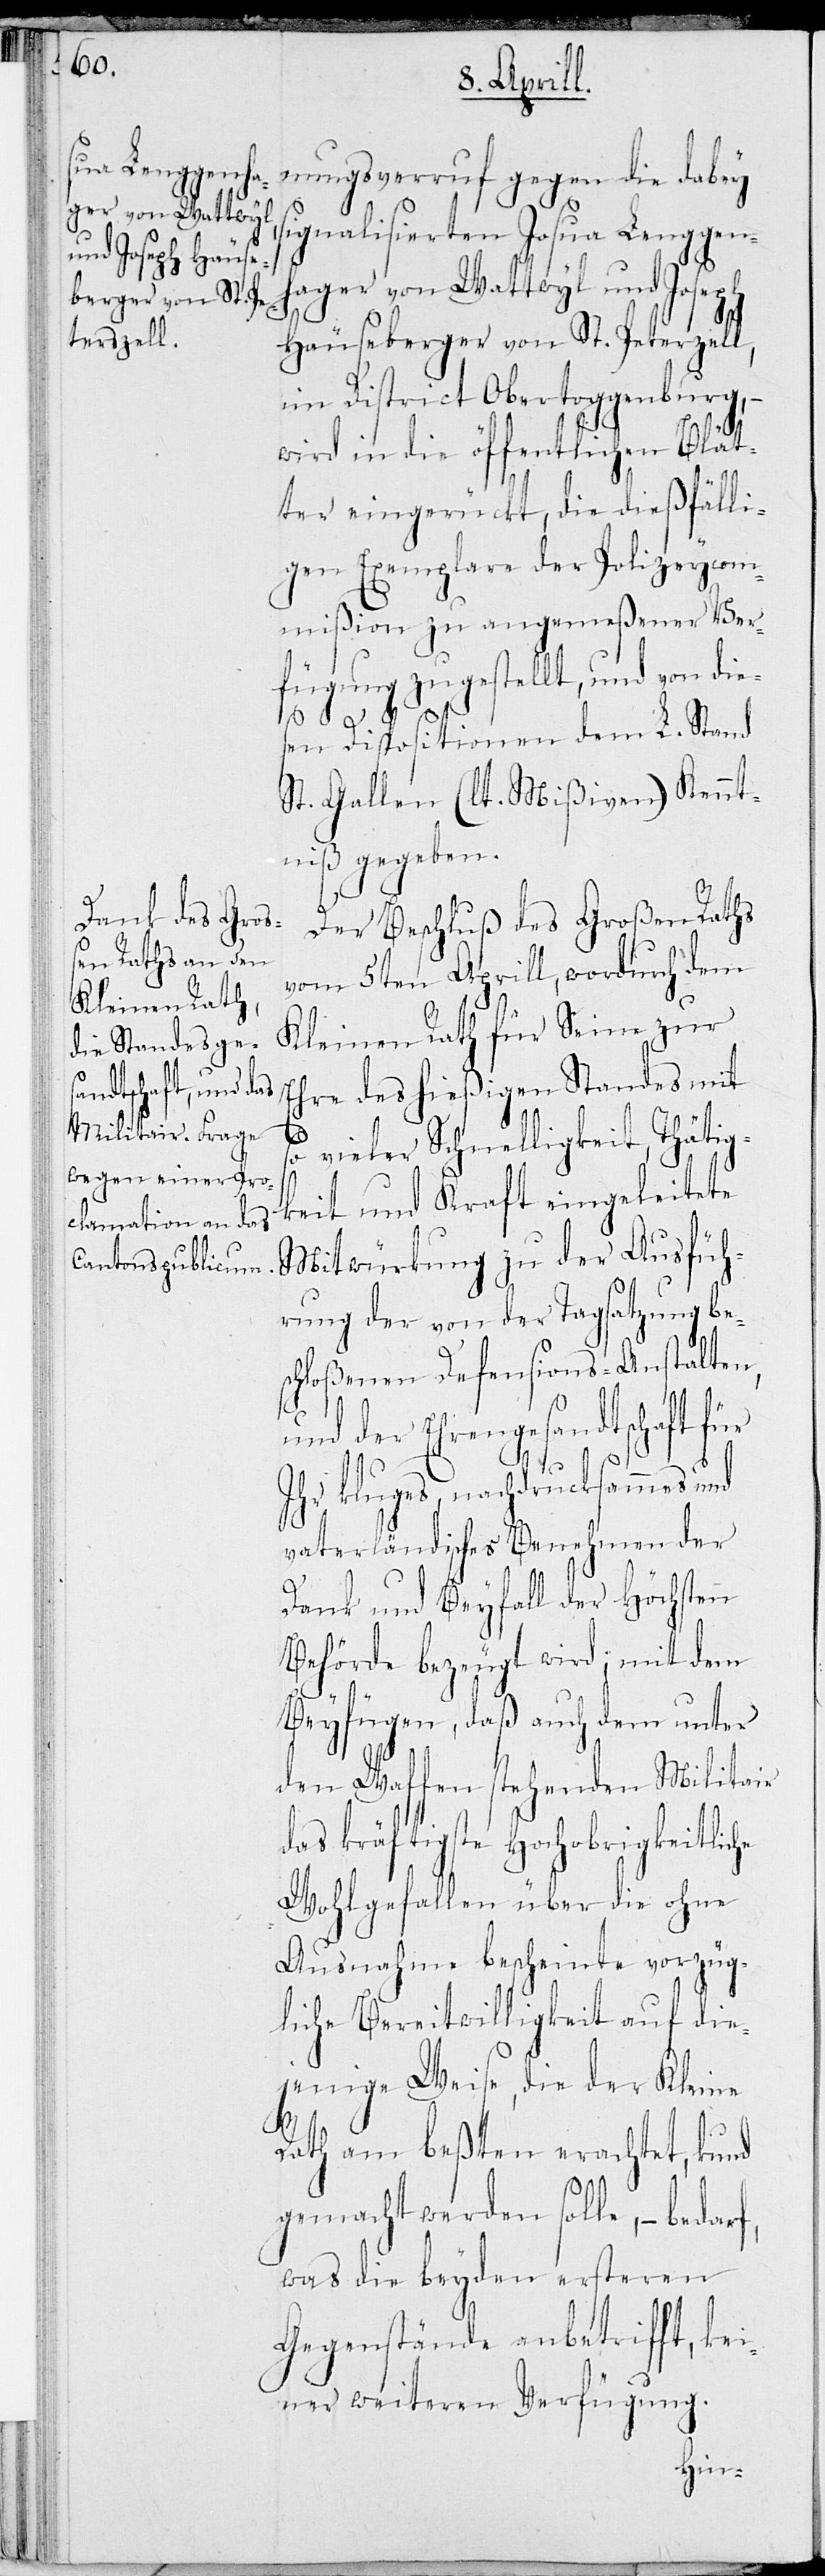
nungsverruf gegen die dabey
signalisierten Josua Lenggen¬
hager von Wattwyl und Joseph
Häuseberger von St. Peterzell,
im District Obertoggenburg, –
wird in die öffentlichen Blät¬
ter eingerückt, die dießfälli¬
gen Exemplare der Polizeycom¬
mißion zu angemeßener Ver¬
fügung zugestellt, und von die¬
sen Dispositionen dem L. Stand
St. Gallen (lt. Mißiven) Kennt¬
niß gegeben.
Der Beschluß des Großen Raths
vom 5ten Aprill, wordurch dem
Kleinen Rath für Seine zur
Ehre des hießigen Standes mit
so
vieler Schnelligkeit, Thätig¬
keit und Kraft eingeleitete
Mitwürkung zu der Ausfüh¬
rung der von der Tagsatzung bes¬
chloßenen Defensions-Anstalten,
und der Ehrengesandtschaft für
Ihr kluges, nachdrucksammes und
vaterländisches Benehmen der
Dank und Beyfall der Höchsten
Behörde, bezeugt wird; mit dem
Beyfügen, daß auch dem unter
den Waffen stehenden Militair
das kräftigste Hochobrigkeitliche
Wohlgefallen über die ohne
Ausnahme bescheinte vorzüg¬
liche Bereitwilligkeit auf die¬
jenige Weise, die der Kleine
Rath am besten erachtet, kund
gemacht werden solle, – bedarf,
was die beyden ersteren
Gegenstände anbetrifft, kei¬
ner weiteren Verfügung.